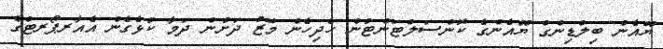
ޔޫއެން ބިލްޑިންގް ޔޫއެންގެ ކޮންސަލްޓަންޓުން ހެދިހެން މޭޒު ދަށުން ދަމާ ކުޅެގެން އެއާރޕޯރޓްގެ